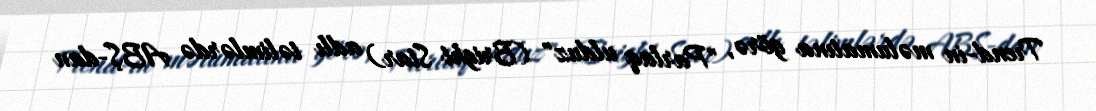
Trend-in məlumatına görə, "Parlaq ulduz" (Bright Star) adlı təlimlərdə ABŞ-dan